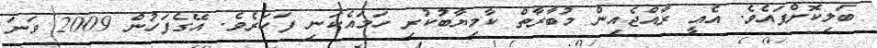
ބަލިކޮށްފައެވެ. އެއީ ރާއްޖެއިން މުބާރާތް ކާމިޔާބުކުރި ހަމައެކަނި ފަހަރެވެ. އޭގެފަހުން 2009 ވަނަ